Indian journal of veterinary science and animal husbandry - Volume 12,
Year: 1942
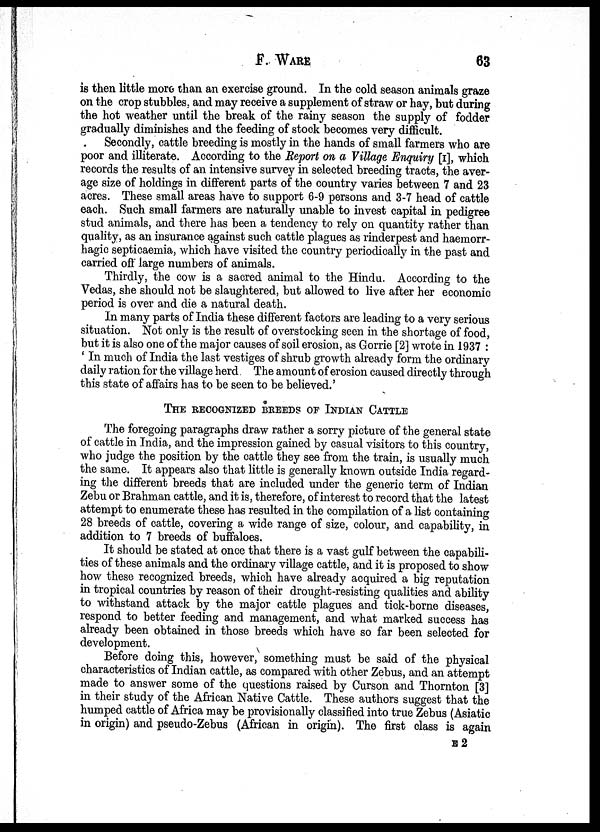
F. WARE 63
is then little more than an exercise ground. In the cold season animals graze
on the crop stubbles, and may receive a supplement of straw or hay, but during
the hot weather until the break of the rainy season the supply of fodder
gradually diminishes and the feeding of stock becomes very difficult.
Secondly, cattle breeding is mostly in the hands of small farmers who are
poor and illiterate. According to the Report on a Village Enquiry [I], which
records the results of an intensive survey in selected breeding tracts, the aver-
age size of holdings in different parts of the country varies between 7 and 23
acres. These small areas have to support 6-9 persons and 3-7 head of cattle
each. Such small farmers are naturally unable to invest capital in pedigree
stud animals, and there has been a tendency to rely on quantity rather than
quality, as an insurance against such cattle plagues as rinderpest and haemorr¬
hagic septicaemia, which have visited the country periodically in the past and
carried off large numbers of animals.
Thirdly, the cow is a sacred animal to the Hindu. According to the
Vedas, she should not be slaughtered, but allowed to live after her economic
period is over and die a natural death.
In many parts of India these different factors are leading to a very serious
situation. Not only is the result of overstocking seen in the shortage of food,
but it is also one of the major causes of soil erosion, as Gorrie [2] wrote in 1937 :
' In much of India the last vestiges of shrub growth already form the ordinary
daily ration for the village herd. The amount of erosion caused directly through
this state of affairs has to be seen to be believed.'
THE RECOGNIZED BREEDS OF INDIAN CATTLE
The foregoing paragraphs draw rather a sorry picture of the general state
of cattle in India, and the impression gained by casual visitors to this country,
who judge the position by the cattle they see from the train, is usually much
the same. It appears also that little is generally known outside India regard-
ing the different breeds that are included under the generic term of Indian
Zebu or Brahman cattle, and it is, therefore, of interest to record that the latest
attempt to enumerate these has resulted in the compilation of a list containing
28 breeds of cattle, covering a wide range of size, colour, and capability, in
addition to 7 breeds of buffaloes.
It should be stated at once that there is a vast gulf between the capabili-
ties of these animals and the ordinary village cattle, and it is proposed to show
how these recognized breeds, which have already acquired a big reputation
in tropical countries by reason of their drought-resisting qualities and ability
to withstand attack by the major cattle plagues and tick-borne diseases,
respond to better feeding and management, and what marked success has
already been obtained in those breeds which have so far been selected for
development.
Before doing this, however, something must be said of the physical
characteristics of Indian cattle, as compared with other Zebus, and an attempt
made to answer some of the questions raised by Curson and Thornton [3]
in their study of the African Native Cattle. These authors suggest that the
humped cattle of Africa may be provisionally classified into true Zebus (Asiatic
in origin) and pseudo-Zebus (African in origin). The first class is again
E 2